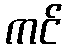
ကင်